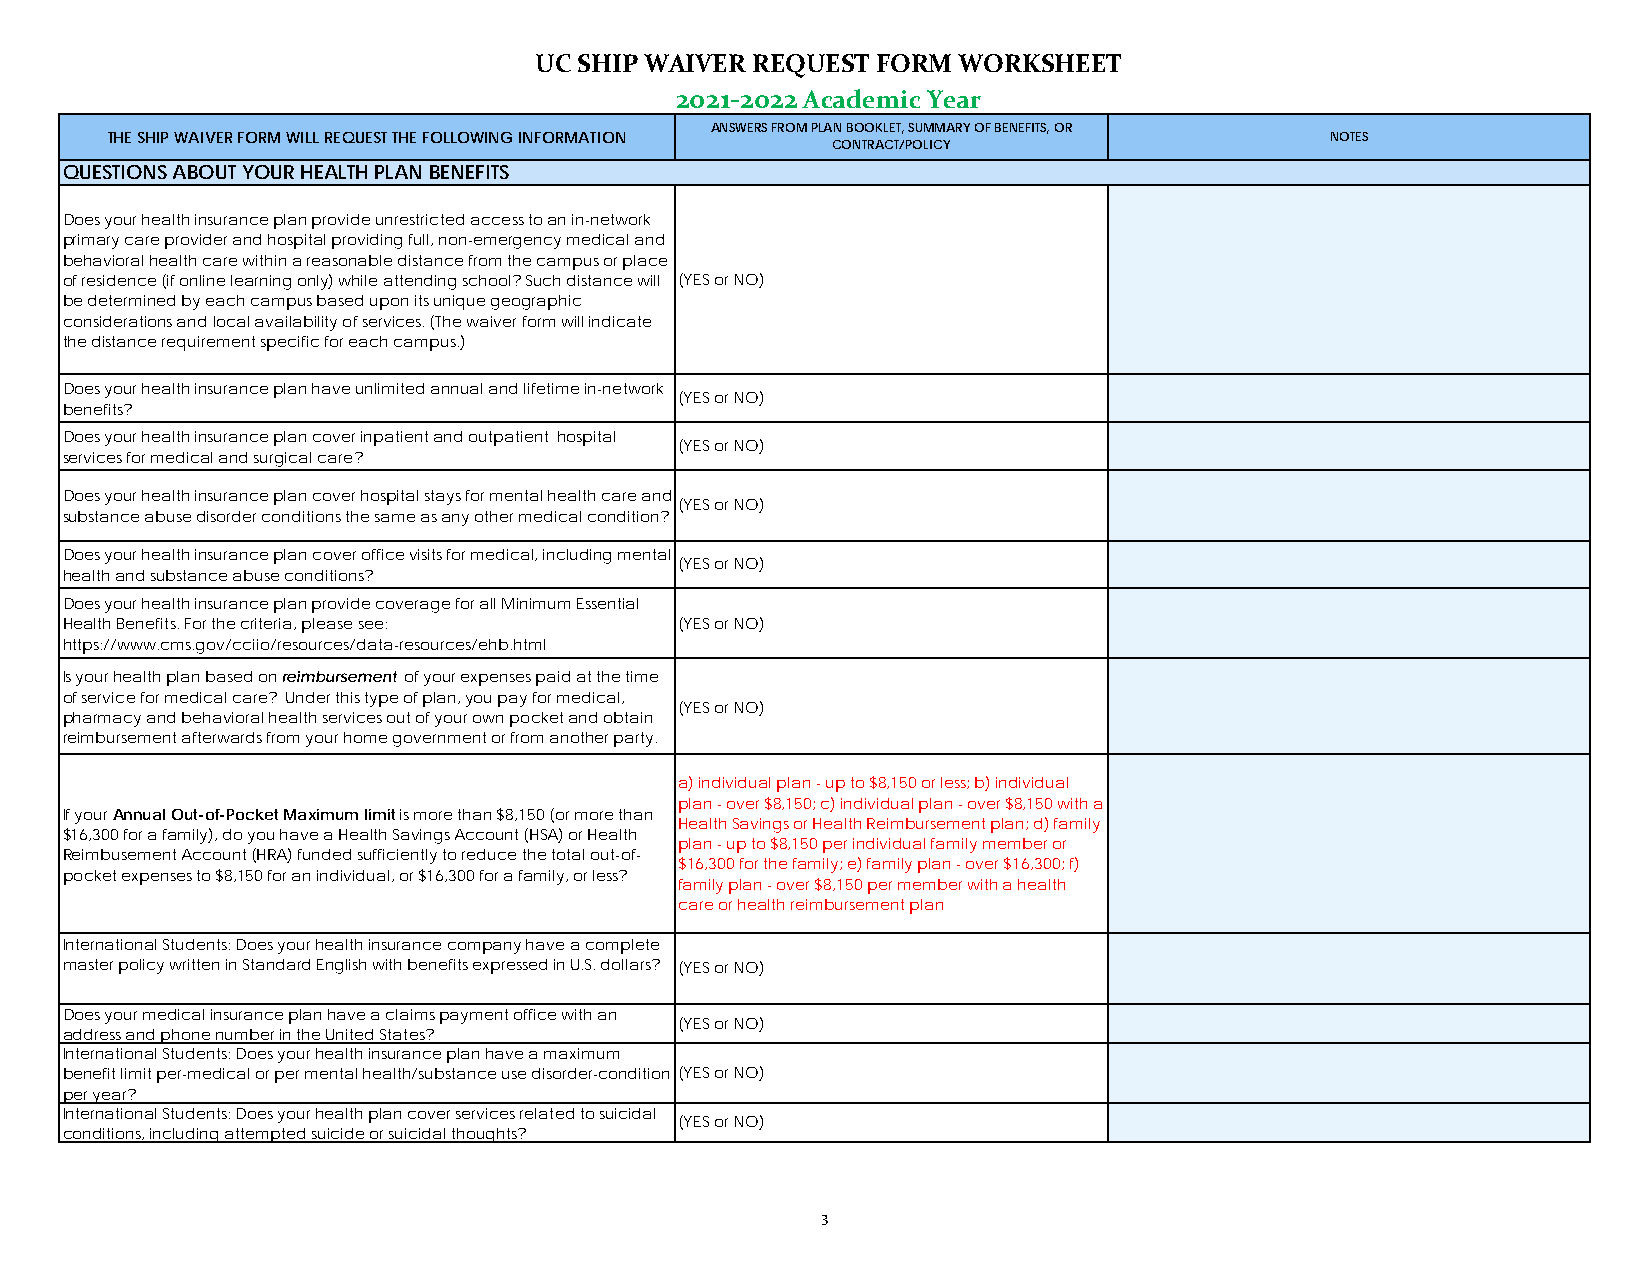
UC SHIP WAIVER REQUEST FORM WORKSHEET
 2021-2022 Academic Year
 ANSWERS FROM PLAN BOOKLET, SUMMARY OF BENEFITS, OR
 THE SHIP WAIVER FORM WILL REQUEST THE FOLLOWING INFORMATION                      NOTES
 CONTRACT/POLICY
 QUESTIONS ABOUT YOUR HEALTH PLAN BENEFITS
 Does your health insurance plan provide unrestricted access to an in-network
 primary care provider and hospital providing full, non-emergency medical and
 behavioral health care within a reasonable distance from the campus or place
 of residence (if online learning only) while attending school? Such distance will (YES or NO)
 be determined by each campus based upon its unique geographic
 considerations and local availability of services. (The waiver form will indicate
 the distance requirement specific for each campus.)
 Does your health insurance plan have unlimited annual and lifetime in-network
 (YES or NO)
 benefits?
 Does your health insurance plan cover inpatient and outpatient hospital
 (YES or NO)
 services for medical and surgical care?
 Does your health insurance plan cover hospital stays for mental health care and
 (YES or NO)
 substance abuse disorder conditions the same as any other medical condition?
 Does your health insurance plan cover office visits for medical, including mental
 (YES or NO)
 health and substance abuse conditions?
 Does your health insurance plan provide coverage for all Minimum Essential
 Health Benefits. For the criteria, please see: (YES or NO)
 https://www.cms.gov/cciio/resources/data-resources/ehb.html
 Is your health plan based on reimbursement of your expenses paid at the time
 of service for medical care? Under this type of plan, you pay for medical,
 (YES or NO)
 pharmacy and behavioral health services out of your own pocket and obtain
 reimbursement afterwards from your home government or from another party.
 a) individual plan - up to $8,150 or less; b) individual
 plan - over $8,150; c) individual plan - over $8,150 with a
 If your Annual Out-of-Pocket Maximum limit is more than $8,150 (or more than
 Health Savings or Health Reimbursement plan; d) family
 $16,300 for a family), do you have a Health Savings Account (HSA) or Health
 plan - up to $8,150 per individual family member or
 Reimbusement Account (HRA) funded sufficiently to reduce the total out-of-
 $16,300 for the family; e) family plan - over $16,300; f)
 pocket expenses to $8,150 for an individual, or $16,300 for a family, or less?
 family plan - over $8,150 per member with a health
 care or health reimbursement plan
 International Students: Does your health insurance company have a complete
 master policy written in Standard English with benefits expressed in U.S. dollars? (YES or NO)
 Does your medical insurance plan have a claims payment office with an
 (YES or NO)
 address and phone number in the United States?
 International Students: Does your health insurance plan have a maximum
 benefit limit per-medical or per mental health/substance use disorder-condition (YES or NO)
 per year?
 International Students: Does your health plan cover services related to suicidal
 (YES or NO)
 conditions, including attempted suicide or suicidal thoughts?
 3